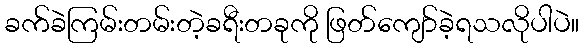
ခက်ခဲကြမ်းတမ်းတဲ့ခရီးတခုကို ဖြတ်ကျော်ခဲ့ရသလိုပါပဲ။